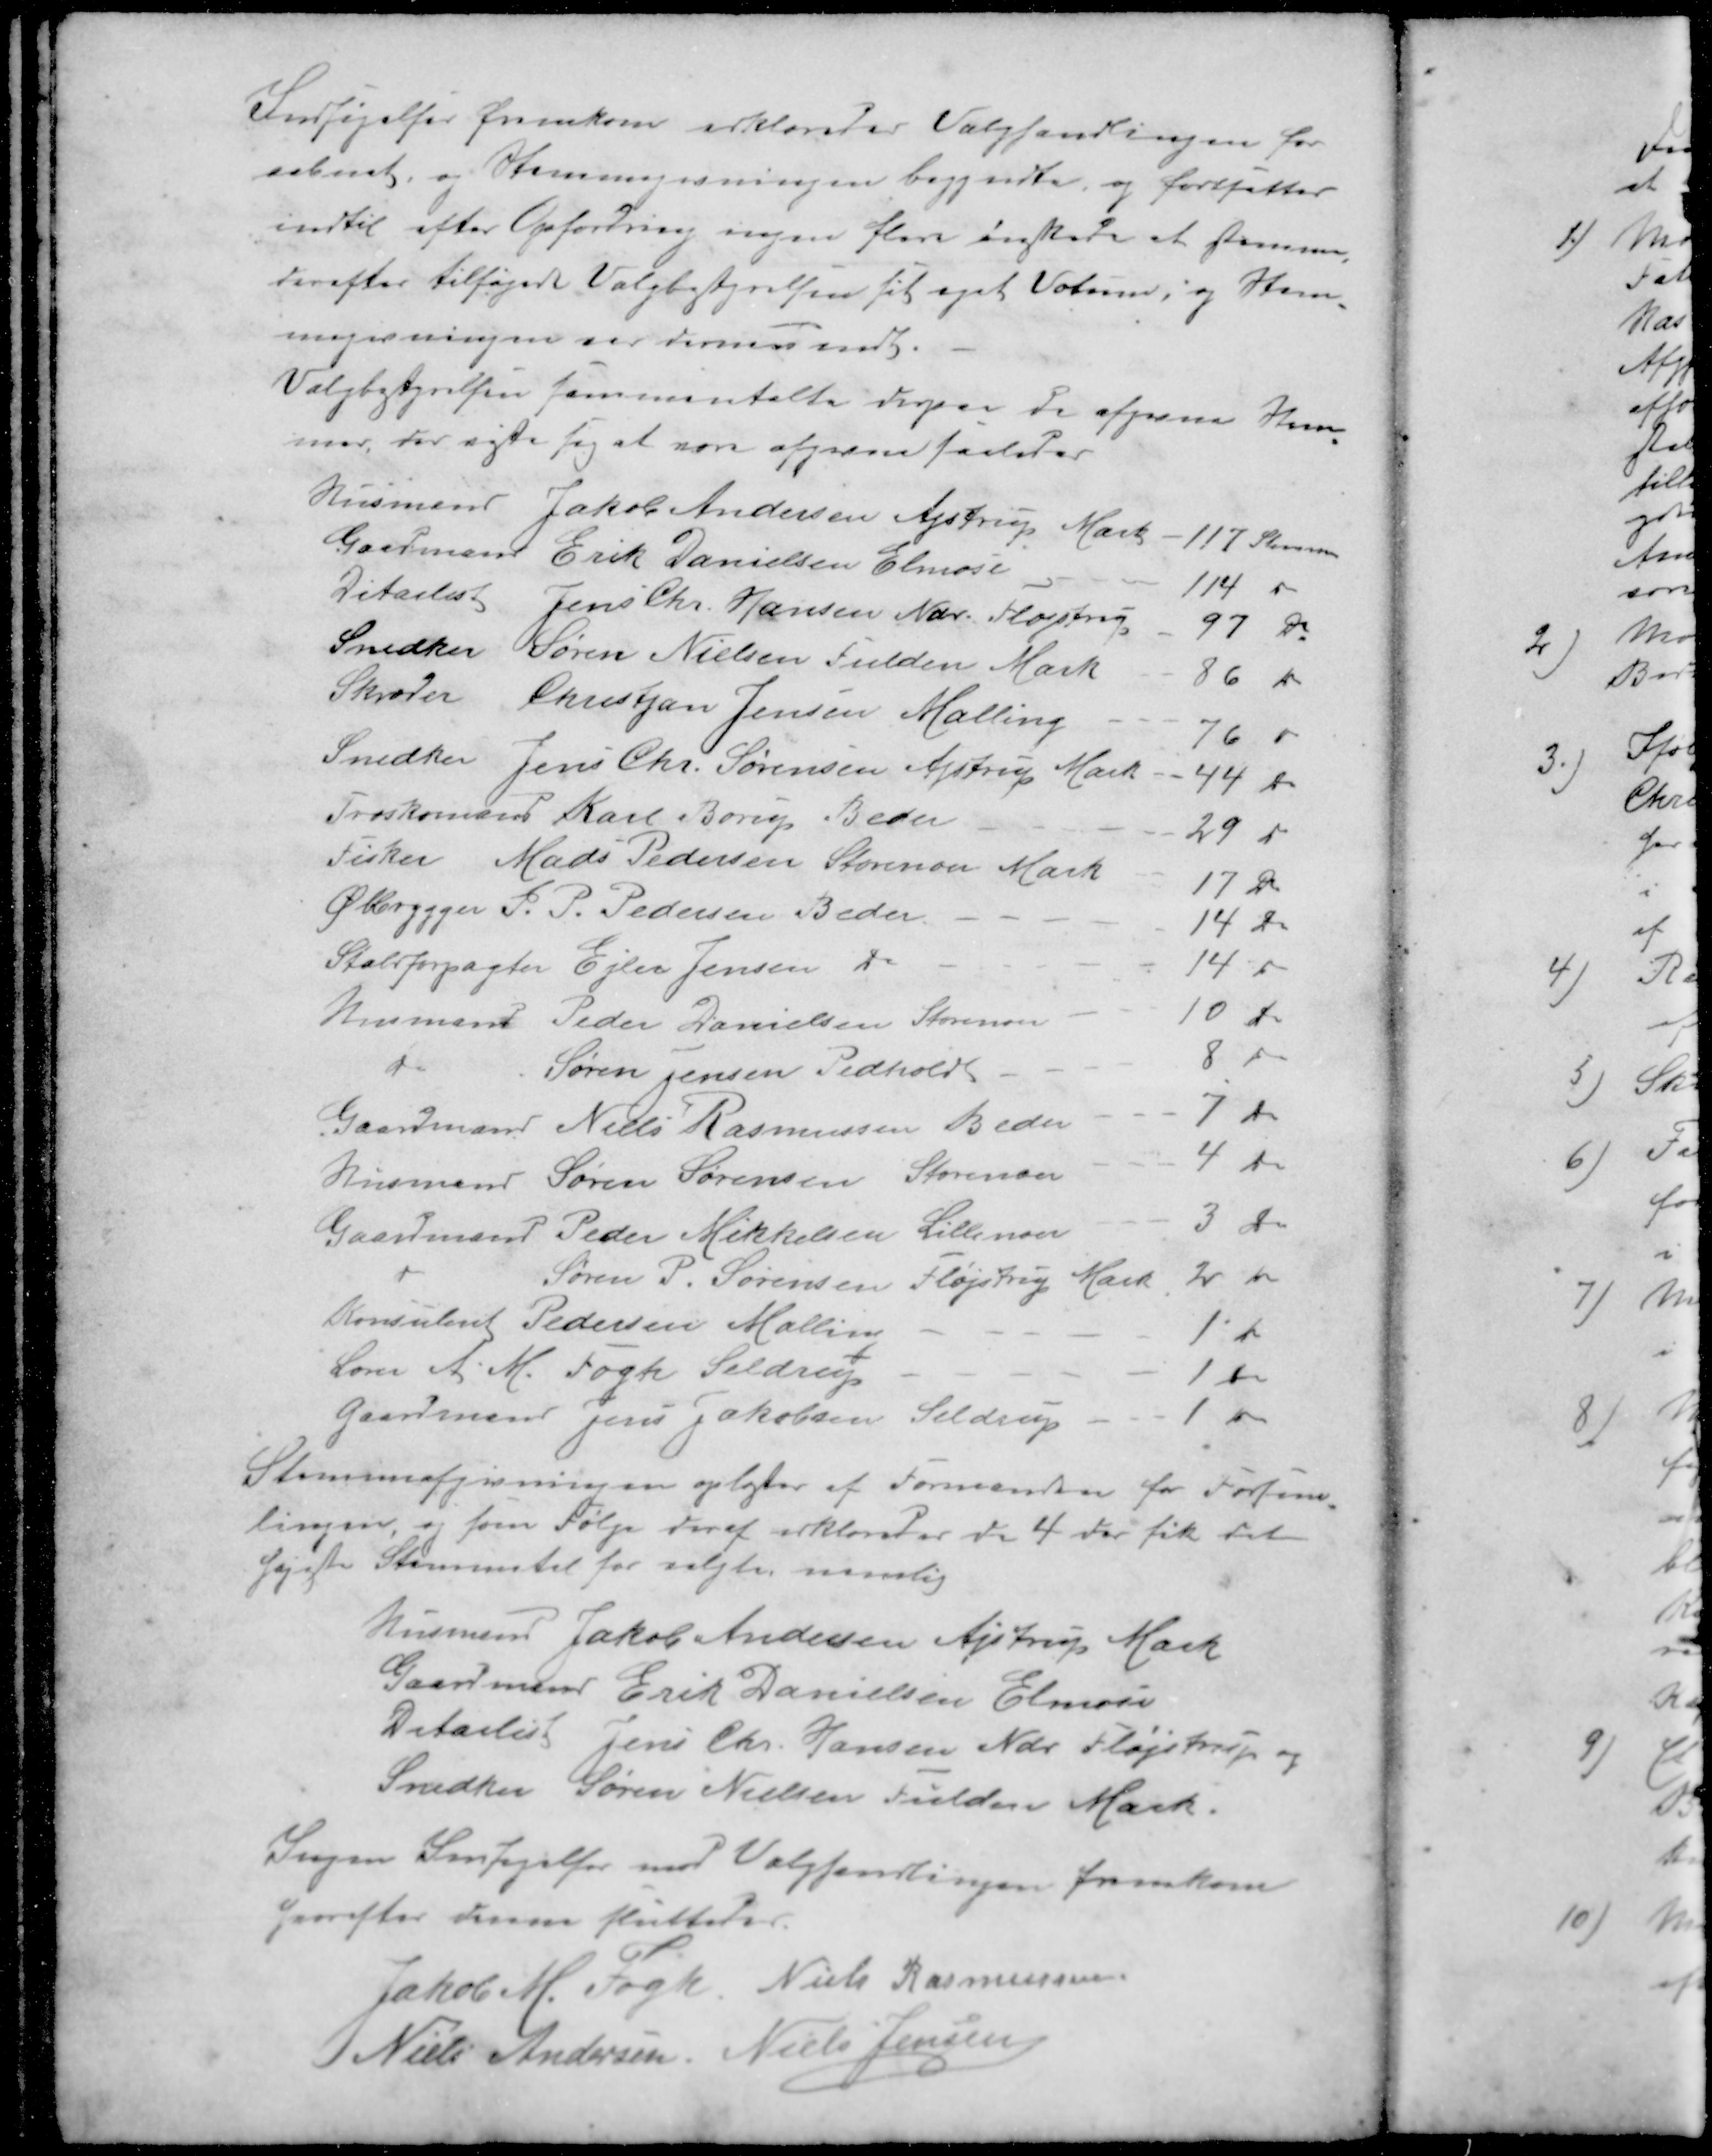
Transskription:
Indsigelser fremkom erklæredes Valghandlingen for
aabnet, og Stemmegivningen begyndte, og fortsattes
indtil efter Opfordring ingen flere ønskede at stemme
derefter tilføjede Valgbestyrelsen til eget Votum, og Stem-
megivningen var dermed endt
Valgbestyrelsen sammentalte derpaa de afgivne Stem-
mer, der viste sig at være afgivne saaledes
Husmand Jakob Andersen Ajstrup Mark
117 Stemmer
Gaadmand Erik Danielsen Elmose
114 -
Ditailist Jens Chr. Hansen Ndr. Fløjstrup
97 do
Snedker Søren Nielsen Fulden Mark
86 "
Skræder Christjan Jensen Malling
76 "
Snedker Jens Chr. Sørensen Ajstrup Mark
44 "
Træskomand Karl Borup Beder
29 do
Fisker Mads Pedersen Storenor Mark
17 Do
Ølbrygger S. P. Pedersen Beder.
14 Do
Statsforpagter Ejler Jensen do
14 Do
Husmand Peder Danielsen StStorenor
10 Do
Do Søren Jensen Pedholdt
8 Do
Gaardmand Niels Rasmussen Beder
7 Do
Husmand Søren Sørensen Storenor
4 Do
Gaardmand Peder Mikkelsen Lillenor
3 do
Søren P. Sørensen Fløjstrup Mark
2 Do
Konsulent Pedersen Malling
1 Do
Lærer A. M. Fogh Seldrup
1 Do
Gaardmand Jens Jakobsen Seldrup
1 Do
Stemmeafgivningen oplæstes af Formanden for Forsam-
lingen, og som Følge deraf erklæredes de 4 der fik det
højeste Stemmetal for valgte, nemlig
Rasmus Jakob Andersen Ajstrup Mark
Gaardmand Erik Danielsen Elmose
Detailist Jens Chr. Hansen Ndr Fløjstrup og
Snedker Søren Nielsen Fulden Mark.
Ingen Indsigelser mod Valghandlingen fremkom
hvorefter denne sluttedes
Jakob M Fogh
Niels Rasmussen
Niels Andersen
Niels Jensen